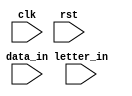
module word_com(clk, rst, data_in, letter_in);
	parameter letter_size = 8; 
	parameter word_length = 128;	
	parameter word_num	  = 63;		
	parameter START		= 4'b0000;
	parameter IDLE 		= 4'b0001; 
	parameter COMBINE	= 4'b0010;
	input clk;
	input rst;	
	input data_in;		
	input [letter_size-1:0] letter_in;		
	reg [word_length-1:0] mem_word [word_num-1:0];		
	reg [5:0] row_pt;			
	reg [7:0] col_pt;			
	reg [6:0] i;				
	reg [3:0] current_state;
	reg [3:0] next_state; 
	always@(posedge clk or negedge rst)	
		if(!rst)
			current_state <= START;
		else
			current_state <= next_state;
	always@*	  
		begin
			case(current_state)	
				START:	begin  
					if(data_in == 1)	next_state = COMBINE;
					else	next_state = START;
					end
				IDLE:	begin  
					if(data_in == 1)	next_state = COMBINE;
					else	next_state = IDLE;	
					end	
				COMBINE: begin 
					if(data_in == 0)	next_state = IDLE;
					else	next_state = COMBINE;
					end
				default: begin	
					next_state = START;
					end
			endcase
		end	  
	always@(posedge clk)
		case(current_state)
			START: begin 
				row_pt <= 0;
				col_pt <= 0;	  
				for(i=0; i<=63; i=i+1)
					mem_word[i] <= 128'b0; 
			end
			IDLE: begin
			end	  
			COMBINE: begin	  
				if( (letter_in==8'h00)&&(col_pt==0)) begin
					row_pt <= row_pt;	
				end
				else if ( (letter_in==8'h00)&&(col_pt!=0) ) begin	 
					row_pt <= row_pt + 1; 
					col_pt <= 0;
				end	
				else if (col_pt == 128) begin
					row_pt <= row_pt + 1;
					col_pt <= 0;
				end
				else if(data_in == 1) begin
					mem_word[row_pt] <= mem_word[row_pt] + (letter_in<<col_pt);	  
					col_pt <= col_pt + 8;
				end
				else begin
				end
			end
			default: begin
			end
		endcase
endmodule